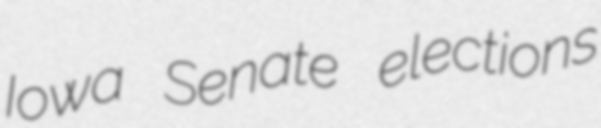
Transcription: Iowa Senate elections